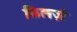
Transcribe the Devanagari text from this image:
किलर्ज़